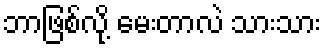
ဘာဖြစ်လို့ မေးတာလဲ သားသား